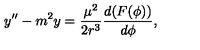
y ^ { \prime \prime } - m ^ { 2 } y = { \frac { \mu ^ { 2 } } { 2 r ^ { 3 } } } { \frac { d ( F ( \phi ) ) } { d \phi } } ,